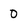
Character: 0